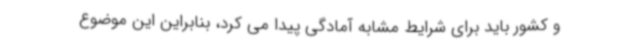
و کشور باید برای شرایط مشابه آمادگی پیدا می کرد، بنابراین این موضوع